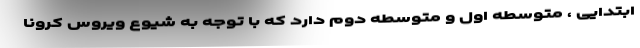
ابتدایی ، متوسطه اول و متوسطه دوم دارد که با توجه به شیوع ویروس کرونا